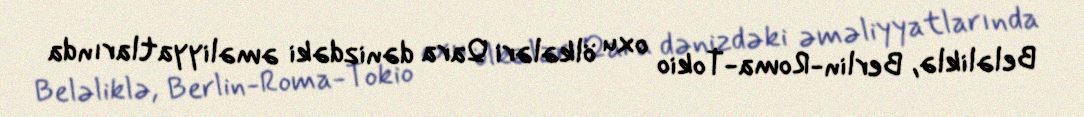
Beləliklə, Berlin-Roma-Tokio oxu ölkələri Qara dənizdəki əməliyyatlarında